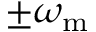
\pm \omega _ { \mathrm { m } }